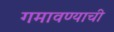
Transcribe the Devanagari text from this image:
गमावण्याची